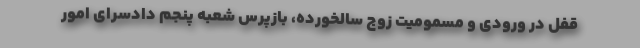
قفل در ورودی و مسمومیت زوج سالخورده، بازپرس شعبه پنجم دادسرای امور